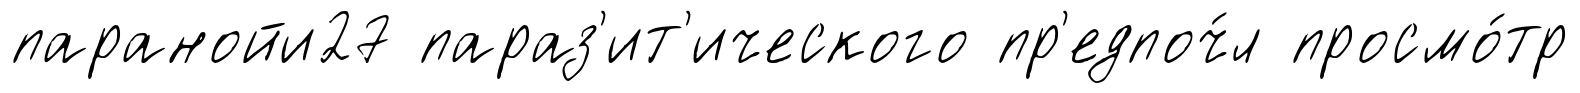
паранойи27 параз'ит'ического пр'едпоч́л просмо́тр